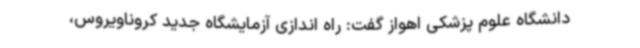
دانشگاه علوم پزشکی اهواز گفت: راه اندازی آزمایشگاه جدید کروناویروس،